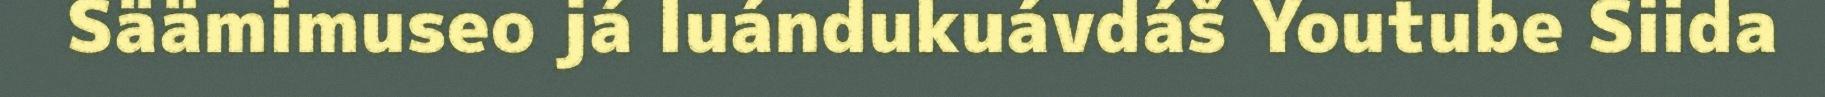
Säämimuseo já luándukuávdáš Youtube Siida